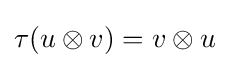
\tau (u\otimes v)=v\otimes u